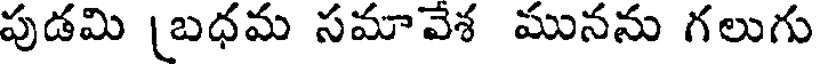
పుడమి [బధమ సమావేశ మునను గలుగు